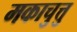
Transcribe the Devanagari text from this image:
मकाचुत्तु